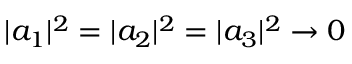
| a _ { 1 } | ^ { 2 } = | a _ { 2 } | ^ { 2 } = | a _ { 3 } | ^ { 2 } \rightarrow 0